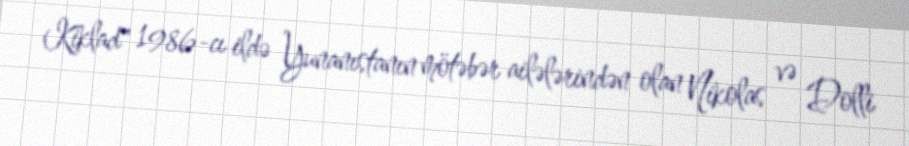
Kiklad" 1986-cı ildə Yunanıstanın mötəbər ailələrindən olan Nikolas və Dolli